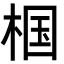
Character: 椢